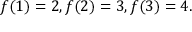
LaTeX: f ( 1 ) = 2 , f ( 2 ) = 3 , f ( 3 ) = 4 .